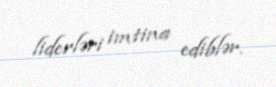
liderləri imtina ediblər.